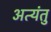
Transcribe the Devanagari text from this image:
अत्यंतु